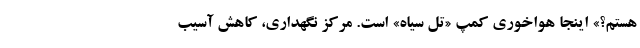
هستم؟» اینجا هواخوریِ کمپ «تَلّ سیاه» است. مرکز نگهداری، کاهش آسیب